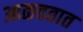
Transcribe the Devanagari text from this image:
आळवतात